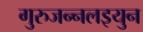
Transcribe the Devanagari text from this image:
गुरुजन्नलइयुन